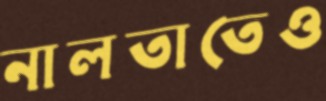
নালতাতেও